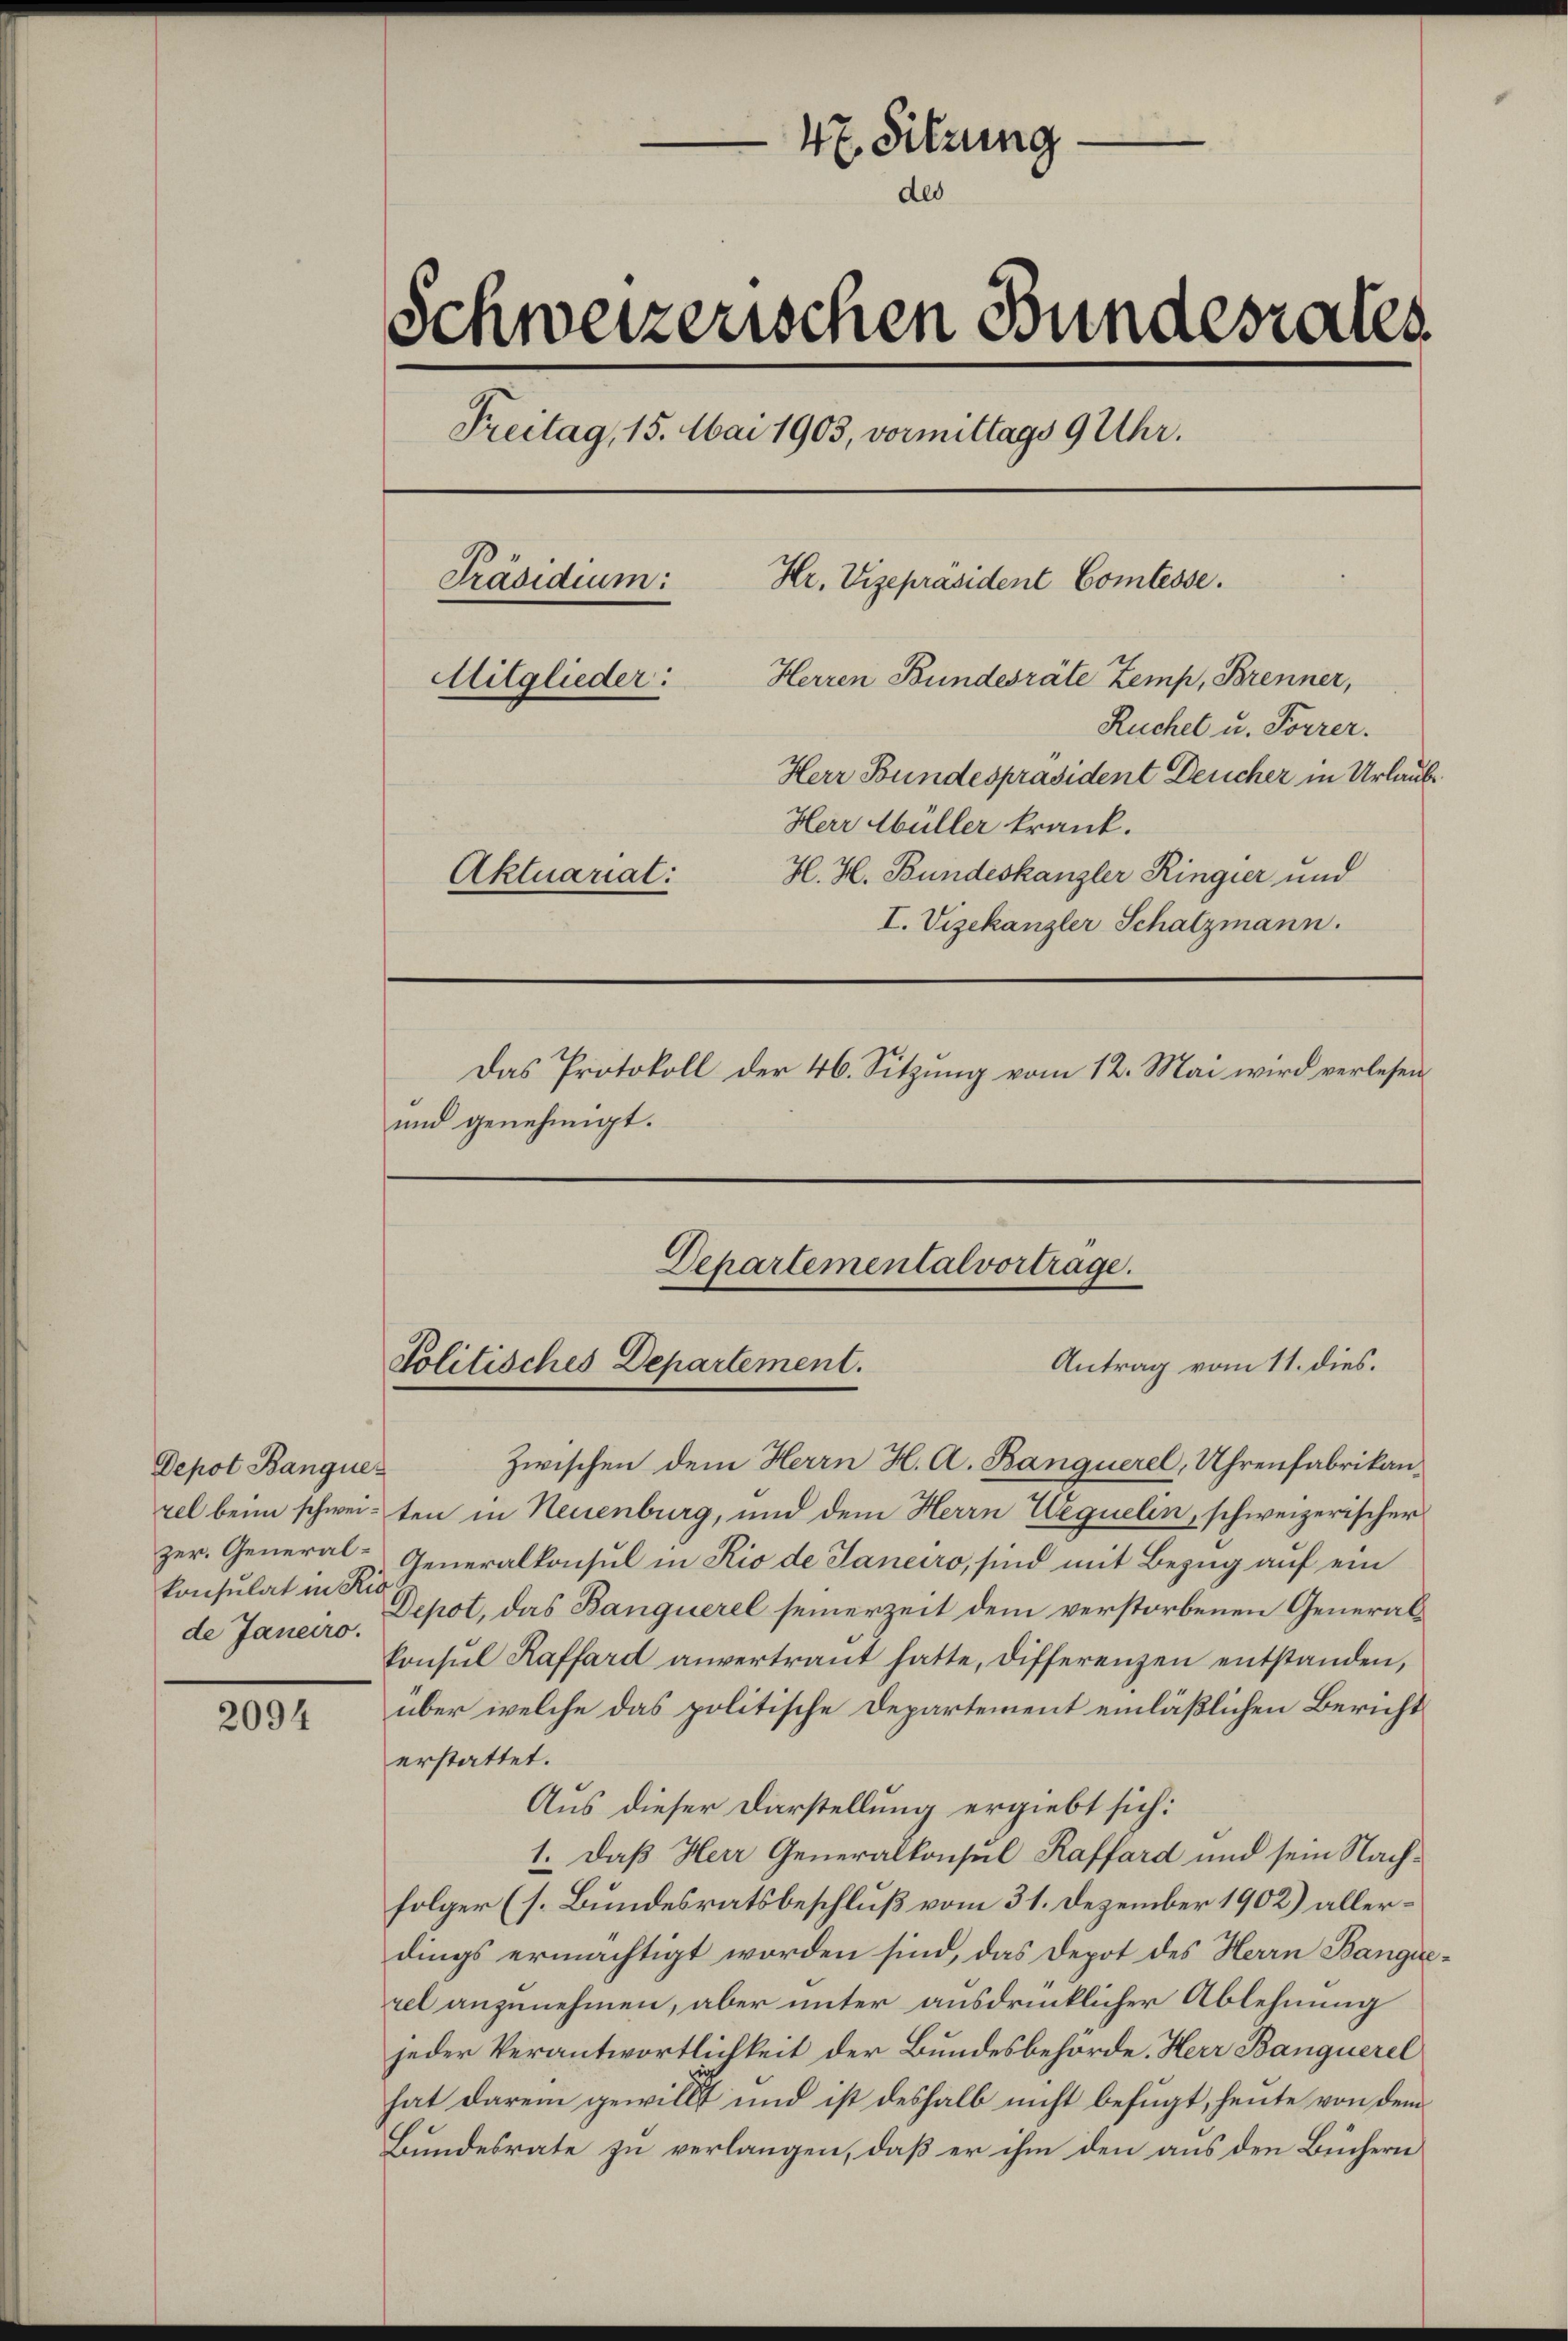
Depot Banquer
zer. General-
konsulat in Ric
de Janeiro.

2094

47. Sitzung
des
Schweizerischen Bundesrates
Freitag, 15. Mai 1903, vormittags 9 Uhr.
Hr. Vizepräsident Comtesse.
Präsidium:
Herren Bundesräte Zemp, Brenner,
Mitglieder:
Ruchel u. Forrer.
Herr Bundespräsident Deucher in Urlaub
Herr Müller krank.
H. H. Bundeskanzler Ringier und
Aktuariat:
I. Vizekanzler Schatzmann.
Das Protokoll der 46. Sitzung vom 12. Mai wird verlesen,
und genehmigt.

Departementalvorträge.
Antrag vom 11. dies.
Politisches Departement.

Zwischen dem Herrn H. A. Banquerel, Uhrenfabrikanzel beim schweiten in Neuenburg, und dem Herrn Wequelin, schweizerischer
Generalkonsul in Rio de Janeiro, sind mit Bezug auf ein
Depot, das Banquerel seinerzeit dem verstorbenen Generalkonsul Raffard anvertraut hatte, differenzen entstanden,
über welche das politische Departement einläßlichen Bericht
erstattet.
Aus dieser Darstellung ergiebt sich:
1. Daß Herr Generalkonsul Raffard und sein Nachfolger (s. Bundesratsbeschluß vom 31. Dezember 1902) allerdings ermächtigt worden sind, das Depot des Herrn Bangie
rel anzunehmen, aber unter ausdrücklicher Ablehnung
jeder Verantwortlichkeit der Bundesbehörde. Herr Banquerel
hat darein gewillt und ist deshalb nicht befugt, heute von dem
Bundesrate zu verlangen, daß er ihm den aus den Büchern